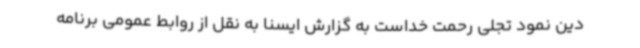
دین نمود تجلی رحمت خداست به گزارش ایسنا به نقل از روابط عمومی برنامه